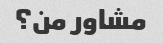
مشاور من؟